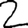
Digit: 2